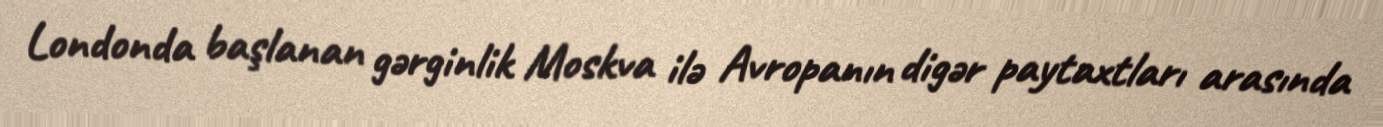
Londonda başlanan gərginlik Moskva ilə Avropanın digər paytaxtları arasında